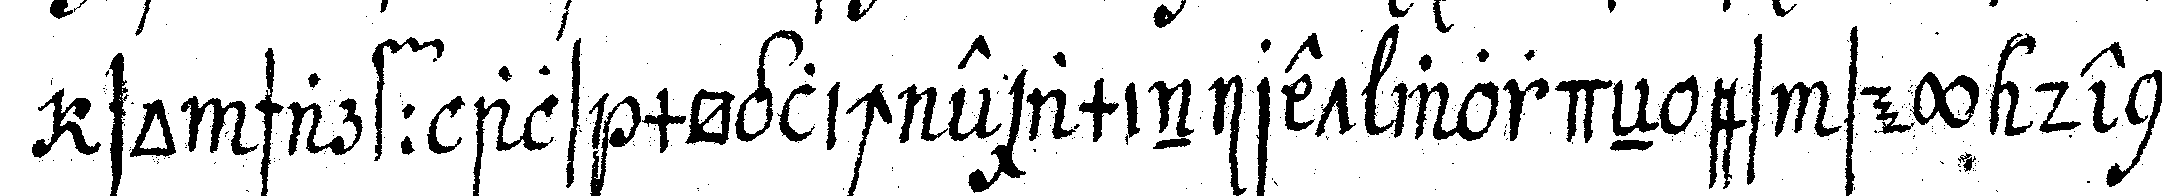
so scharff als möglich examiniret wordeN es sey denn